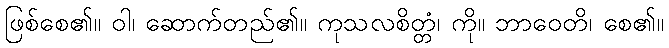
ဖြစ်စေ၏။ ဝါ၊ ဆောက်တည်၏။ ကုသလစိတ္တံ၊ ကို။ ဘာဝေတိ၊ စေ၏။